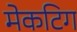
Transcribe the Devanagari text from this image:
मेकटिग